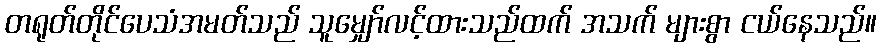
တရုတ်တိုင်ပေသံအမတ်သည် သူမျှော်လင့်ထားသည်ထက် အသက် များစွာ ငယ်နေသည်။